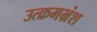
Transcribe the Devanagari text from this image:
उत्क्रमभ्रंश